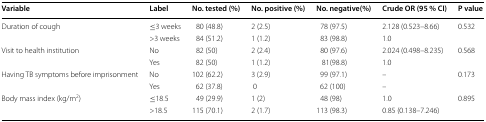
<table><thead><tr><td><b>Variable</b></td><td><b>Label</b></td><td><b>No. tested (%)</b></td><td><b>No. positive (%)</b></td><td><b>No. negative(%)</b></td><td><b>Crude OR (95 % CI)</b></td><td><b>P value</b></td></tr></thead><tbody><tr><td rowspan="2">Duration of cough</td><td>≤3 weeks</td><td>80 (48.8)</td><td>2 (2.5)</td><td>78 (97.5)</td><td>2.128 (0.523–8.66)</td><td rowspan="2">0.532</td></tr><tr><td>&gt;3 weeks</td><td>84 (51.2)</td><td>1 (1.2)</td><td>83 (98.8)</td><td>1.0</td></tr><tr><td rowspan="2">Visit to health institution</td><td>No</td><td>82 (50)</td><td>2 (2.4)</td><td>80 (97.6)</td><td>2.024 (0.498–8.235)</td><td rowspan="2">0.568</td></tr><tr><td>Yes</td><td>82 (50)</td><td>1 (1.2)</td><td>81(98.8)</td><td>1.0</td></tr><tr><td rowspan="2">Having TB symptoms before imprisonment</td><td>No</td><td>102 (62.2)</td><td>3 (2.9)</td><td>99 (97.1)</td><td>–</td><td rowspan="2">0.173</td></tr><tr><td>Yes</td><td>62 (37.8)</td><td>0</td><td>62 (100)</td><td>–</td></tr><tr><td rowspan="2">Body mass index (kg/m<sup>2</sup>)</td><td>≤18.5</td><td>49 (29.9)</td><td>1 (2)</td><td>48 (98)</td><td>1.0</td><td rowspan="2">0.895</td></tr><tr><td>&gt;18.5</td><td>115 (70.1)</td><td>2 (1.7)</td><td>113 (98.3)</td><td>0.85 (0.138–7.246)</td></tr></tbody></table>